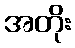
အတိုး